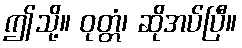
ဤသို့။ ဝုတ္တံ၊ ဆိုအပ်ပြီ။